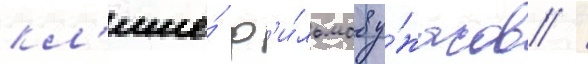
кл'ише́ ф'и́льмов у́жасов /